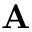
\mathbf { A }